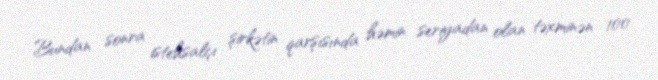
Bundan sonra istehsalçı şirkətin qarşısında həmin seriyadan olan təxminən 100